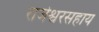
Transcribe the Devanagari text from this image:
राजेश्वरसहाय